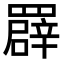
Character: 𦌠